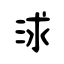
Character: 浗